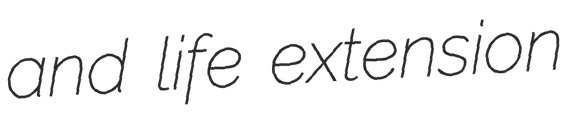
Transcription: and life extension